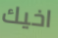
اخيك